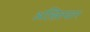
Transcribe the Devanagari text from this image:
अख़्तियार